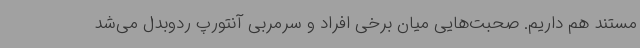
مستند هم داریم. صحبت‌هایی میان برخی افراد و سرمربی آنتورپ ردوبدل می‌شد